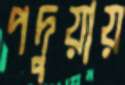
পদুয়ায়